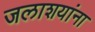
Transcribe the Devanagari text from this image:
जलाशयांना